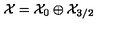
{ \cal X } = { \cal X } _ { 0 } \oplus { \cal X } _ { 3 / 2 }